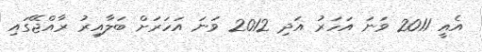
އެއީ 2011 ވަނަ އަހަރު އަދި 2012 ވަނަ އަހަރަށް ބަލާއިރު ރާއްޖޭގައި